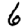
Digit: 6